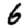
Digit: 6